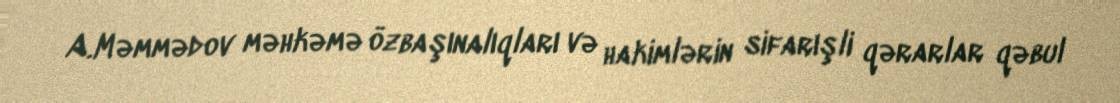
A.Məmmədov məhkəmə özbaşınalıqları və hakimlərin sifarışli qərarlar qəbul